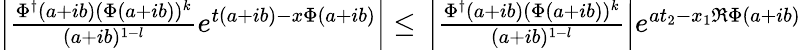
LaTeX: \begin{array}{r}{\left|\frac{\Phi^{\dagger}(a+ib)(\Phi(a+ib))^{k}}{(a+ib)^{1-l}}e^{t(a+ib)-x\Phi(a+ib)}\right|\leq\, \left|\frac{\Phi^{\dagger}(a+ib)(\Phi(a+ib))^{k}}{(a+ib)^{1-l}}\right|e^{at_{2}-x_{1}\Re\Phi(a+ib)}}\end{array}